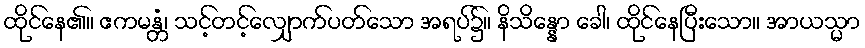
ထိုင်နေ၏။ ဧကမန္တံ၊ သင့်တင့်လျှောက်ပတ်သော အရပ်၌။ နိသိန္နော ခေါ၊ ထိုင်နေပြီးသော။ အာယသ္မာ